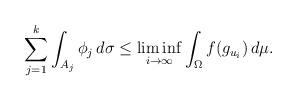
LaTeX: \begin{align*}\sum_{j=1}^k\int_{A_j}\phi_j\,d\sigma\le \liminf_{i\to\infty}\int_{\Omega} f(g_{u_i})\,d\mu.\end{align*}